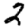
Digit: 2